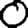
Digit: 0